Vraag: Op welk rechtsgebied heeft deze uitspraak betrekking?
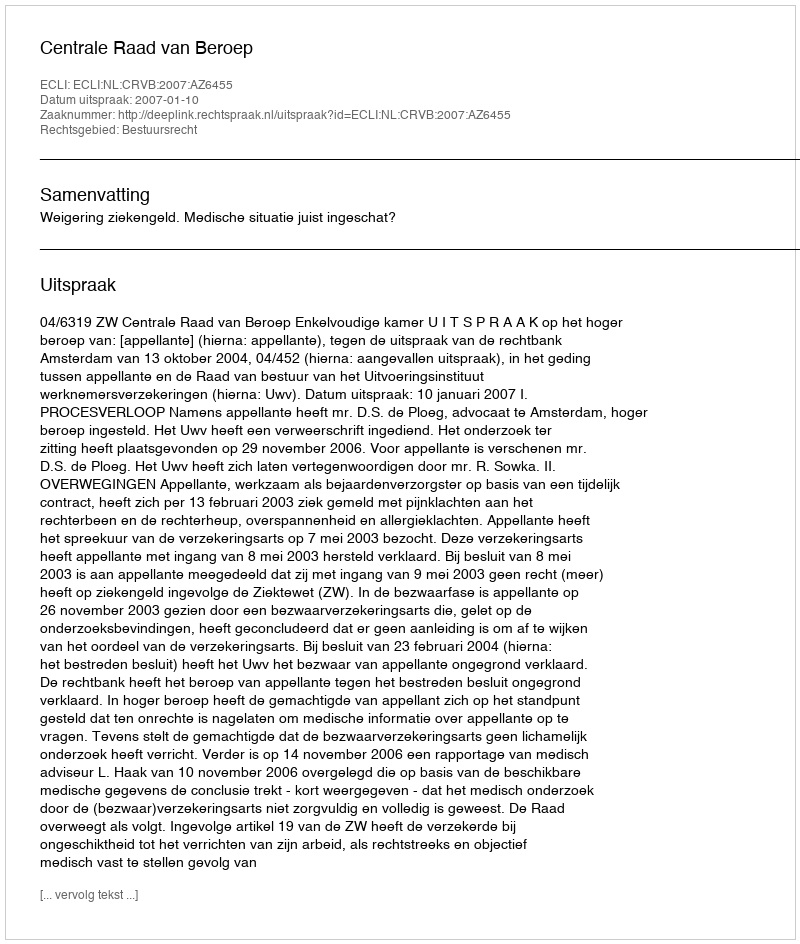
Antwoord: Bestuursrecht